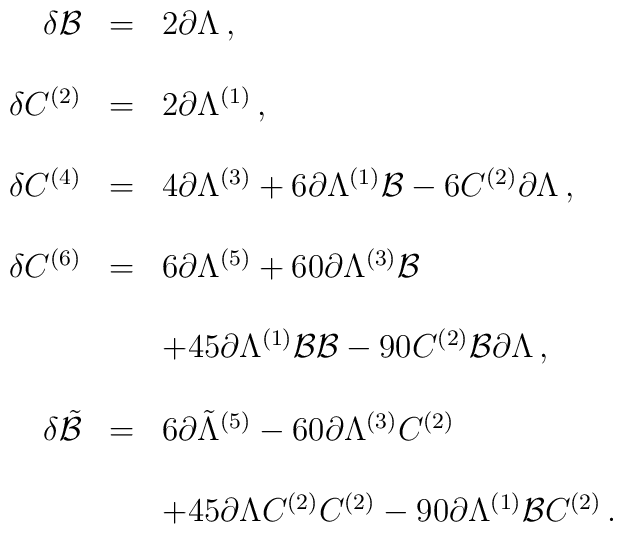
\begin{array}{rcl}\delta {\cal B} &=& 2 \partial \Lambda \, ,\\& &\\\delta C^{(2)} &=& 2 \partial \Lambda^{(1)} \, ,\\& &\\\delta C^{(4)} &=& 4 \partial \Lambda^{(3)} + 6 \partial \Lambda^{(1)}{\cal B} - 6 C^{(2)} \partial \Lambda \, ,\\& &\\\delta C^{(6)} &=& 6 \partial \Lambda^{(5)} + 60 \partial \Lambda^{(3)}{\cal B} \\& &\\& &+ 45 \partial \Lambda^{(1)} {\cal B}{\cal B}-90 C^{(2)} {\cal B} \partial \Lambda \, ,\\& &\\\delta {\tilde {\cal B}} &=&6 \partial {\tilde \Lambda}^{(5)} - 60 \partial \Lambda^{(3)} C^{(2)}\\& &\\& &+ 45  \partial \Lambda C^{(2)} C^{(2)}-90 \partial \Lambda^{(1)} {\cal B} C^{(2)}\, .\\\end{array}